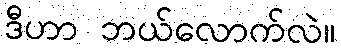
ဒီဟာ ဘယ်လောက်လဲ။